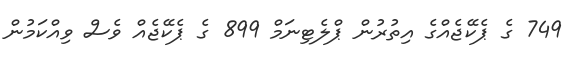
749 ގެ ޕެކޭޖެއްގެ އިތުރުން ޕްލެޓިނަމް 899 ގެ ޕެކޭޖެއް ވެސް ވިއްކަމުން